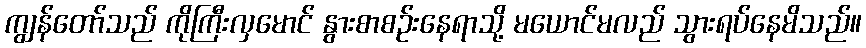
ကျွန်တော်သည် ကိုကြီးလှမောင် နွားစာစဉ်းနေရာသို့ မယောင်မလည် သွားရပ်နေမိသည်။